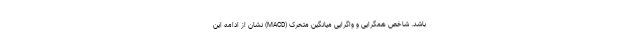
باشد. شاخص همگرایی و واگرایی میانگین متحرک (MACD) نشان از ادامه این